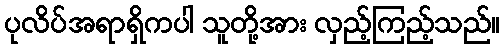
ပုလိပ်အရာရှိကပါ သူတို့အား လှည့်ကြည့်သည်။